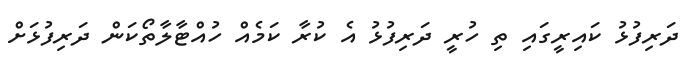
ދަރިފުޅު ކައިރީގައި ތި ހުރީ ދަރިފުޅު އެ ކުރާ ކަމެއް ހުއްޓާލާތޯކަން ދަރިފުޅަށް